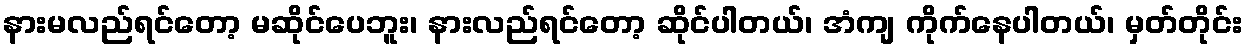
နားမလည်ရင်တော့ မဆိုင်ပေဘူး၊ နားလည်ရင်တော့ ဆိုင်ပါတယ်၊ အံကျ ကိုက်နေပါတယ်၊ မှတ်တိုင်း